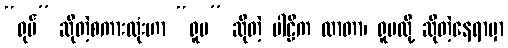
“ရုပ်” ဆိုတဲ့စကားလုံးဟာ “ရူပ” ဆိုတဲ့ ပါဠိက လာတာ၊ ရူပလို့ ဆိုတဲ့နေရာမှာ